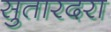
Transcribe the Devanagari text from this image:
सुतारदरा